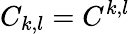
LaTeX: C_{k,l}=C^{k,l}